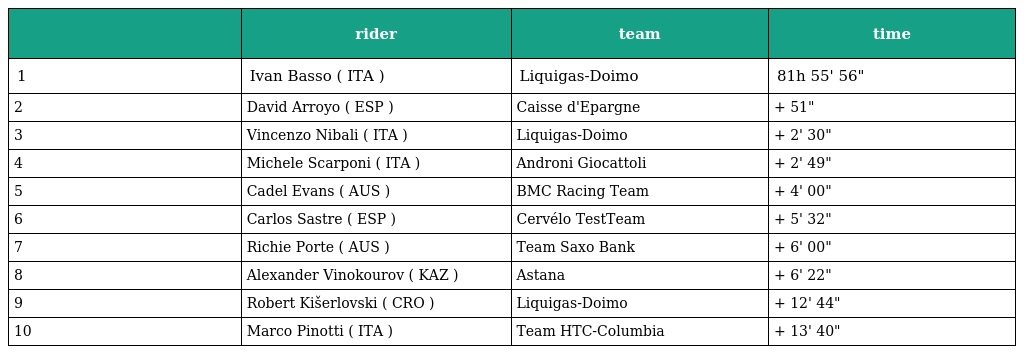
|  | rider | team | time |
 | --- | --- | --- | --- |
 | 1 | Ivan Basso ( ITA ) | Liquigas-Doimo | 81h 55' 56" |
 | 2 | David Arroyo ( ESP ) | Caisse d'Epargne | + 51" |
 | 3 | Vincenzo Nibali ( ITA ) | Liquigas-Doimo | + 2' 30" |
 | 4 | Michele Scarponi ( ITA ) | Androni Giocattoli | + 2' 49" |
 | 5 | Cadel Evans ( AUS ) | BMC Racing Team | + 4' 00" |
 | 6 | Carlos Sastre ( ESP ) | Cervélo TestTeam | + 5' 32" |
 | 7 | Richie Porte ( AUS ) | Team Saxo Bank | + 6' 00" |
 | 8 | Alexander Vinokourov ( KAZ ) | Astana | + 6' 22" |
 | 9 | Robert Kišerlovski ( CRO ) | Liquigas-Doimo | + 12' 44" |
 | 10 | Marco Pinotti ( ITA ) | Team HTC-Columbia | + 13' 40" |